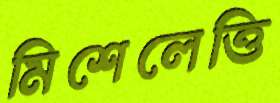
মিশেলেত্তি